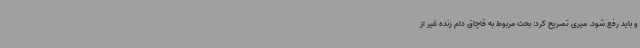
و باید رفع شود. میری تصریح کرد: بحث مربوط به قاچاق دام زنده غیر از